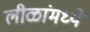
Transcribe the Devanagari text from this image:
लीळांमध्ये